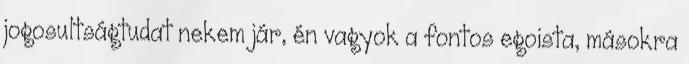
jogosultságtudat nekem jár, én vagyok a fontos egoista, másokra